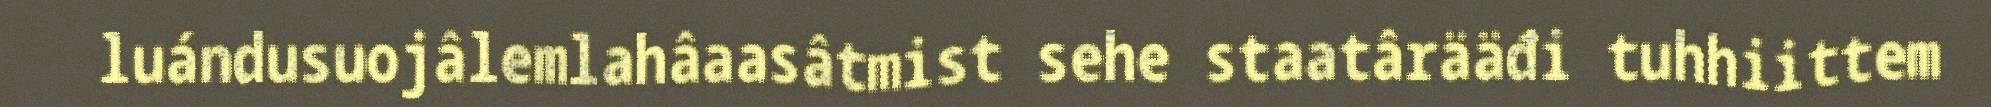
luándusuojâlemlahâaasâtmist sehe staatârääđi tuhhiittem